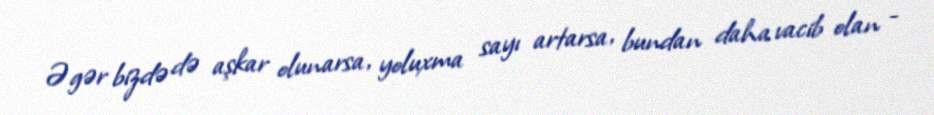
Əgər bizdə də aşkar olunarsa, yoluxma sayı artarsa, bundan daha vacib olan -